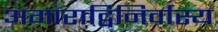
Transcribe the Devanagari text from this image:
अगाराद्विनिर्वास्य